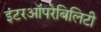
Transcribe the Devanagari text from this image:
इंटरऑपरेबिलिटी